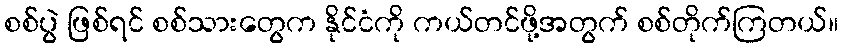
စစ်ပွဲ ဖြစ်ရင် စစ်သားတွေက နိုင်ငံကို ကယ်တင်ဖို့အတွက် စစ်တိုက်ကြတယ်။